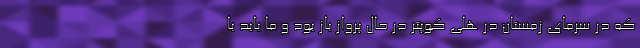
که در سرمای زمستان درِ هلی کوپتر در حال پرواز باز بود و ما باید با